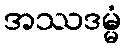
အဿဒမ္မံ